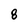
Character: 8